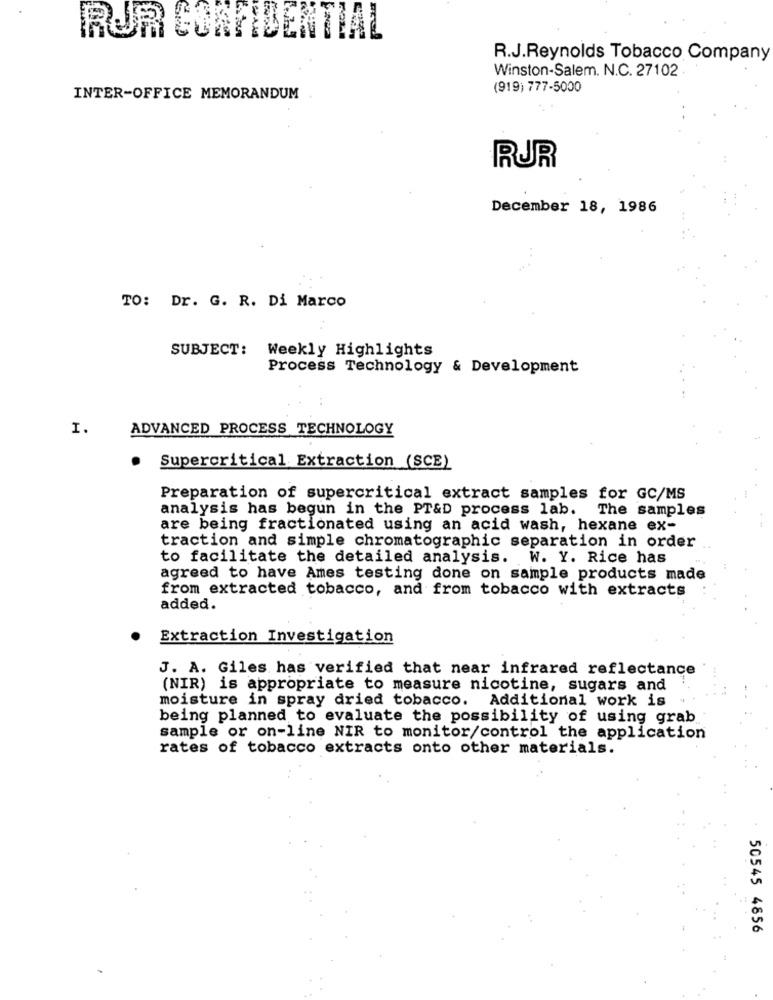
RUR CORN DENTAL
R.J.Reynolds Tobacco Company
Winston-Salem. N.C. 27102
(919) 777-5000
INTER-OFFICE MEMORANDUM
RUR
December 18, 1986
TO: Dr. G. R. Di Marco
SUBJECT:
Weekly Highlights
Process Technology & Development
I.
ADVANCED PROCESS TECHNOLOGY
Supercritical Extraction (SCE)
Preparation of supercritical extract samples for GC/MS
analysis has begun in the PT&D process lab.
The samples
are being fractionated using an acid wash, hexane ex-
traction and simple chromatographic separation in order
to facilitate the detailed analysis. W. Y. Rice has
agreed to have Ames testing done on sample products made
from extracted tobacco, and from tobacco with extracts
added.
Extraction Investigation
J. A. Giles has verified that near infrared reflectance
(NIR) is appropriate to measure nicotine, sugars and
moisture in spray dried tobacco. Additional work is
being planned to evaluate the possibility of using grab
sample or on-line NIR to monitor/control the application
rates of tobacco extracts onto other materials.
50545 4856